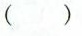
()